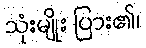
သုံးမျိုး ပြား၏၊